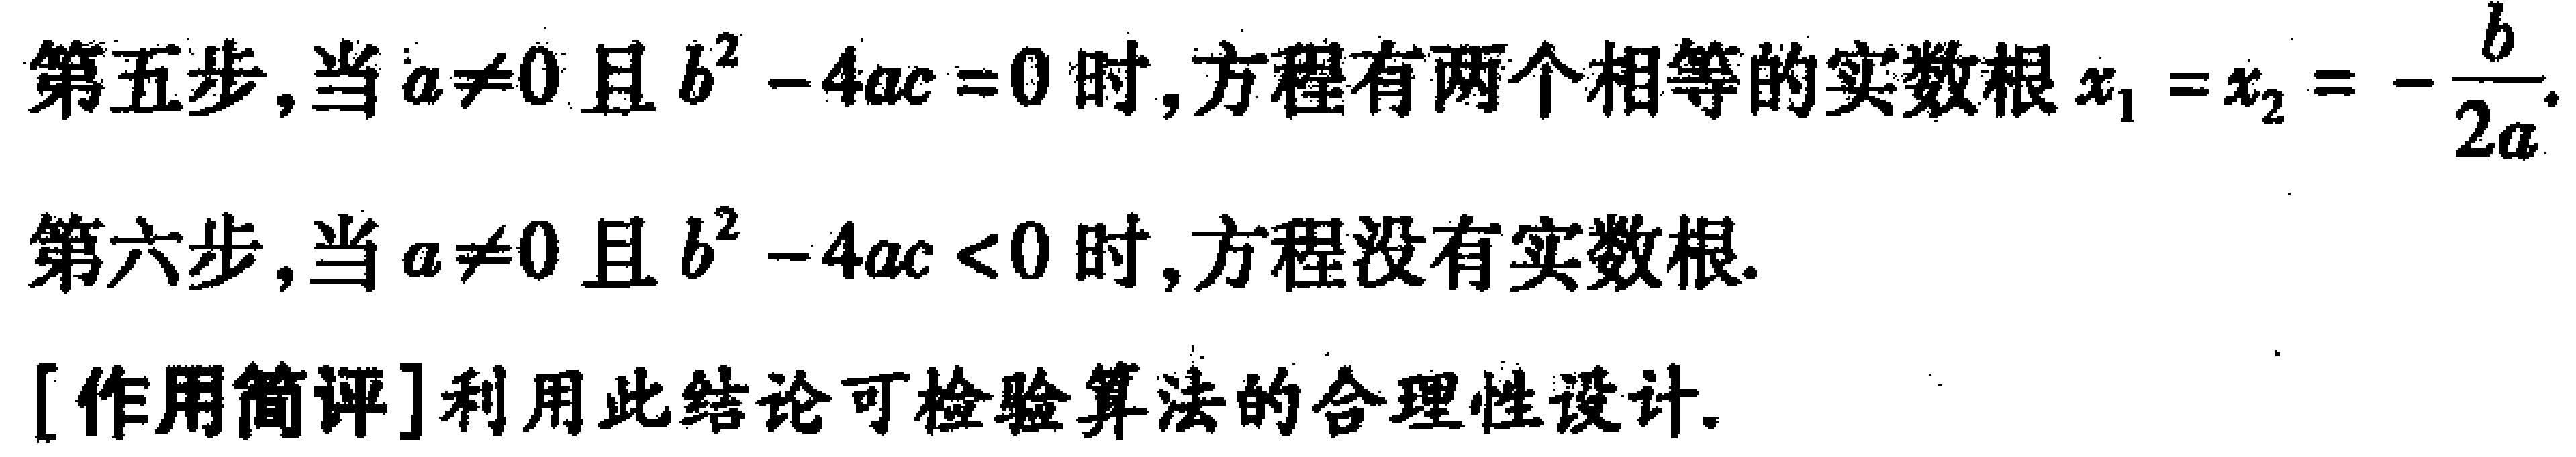
第五步，当\(a\neq0\)且\(b^{2}-4ac = 0\)时，方程有两个相等的实数根\(x_{1}=x_{2}=-\frac{b}{2a}\).
第六步，当\(a\neq0\)且\(b^{2}-4ac < 0\)时，方程没有实数根.
[作用简评]利用此结论可检验算法的合理性设计.